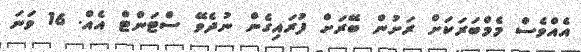
އެއްވެސް މެމްބަރަކަށް ރަށުން ބޭރަށް ފުރައިގެން ނުދެވޭ ސްޓަންޓް އެއް. 16 ވަނަ